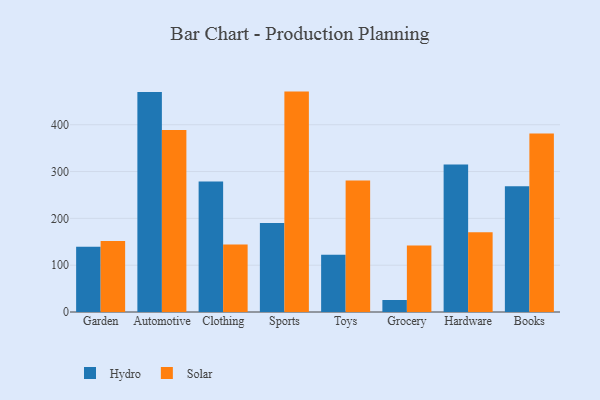
{"axis": {"x": "Category", "y": "Operating Costs (USD K)"}, "legend": ["Hydro", "Solar"], "data": [{"x": "Garden", "y": 139.3, "type": "Hydro"}, {"x": "Garden", "y": 151.7, "type": "Solar"}, {"x": "Automotive", "y": 469.7, "type": "Hydro"}, {"x": "Automotive", "y": 388.9, "type": "Solar"}, {"x": "Clothing", "y": 278.8, "type": "Hydro"}, {"x": "Clothing", "y": 144.0, "type": "Solar"}, {"x": "Sports", "y": 190.2, "type": "Hydro"}, {"x": "Sports", "y": 470.8, "type": "Solar"}, {"x": "Toys", "y": 122.3, "type": "Hydro"}, {"x": "Toys", "y": 281.1, "type": "Solar"}, {"x": "Grocery", "y": 25.6, "type": "Hydro"}, {"x": "Grocery", "y": 142.2, "type": "Solar"}, {"x": "Hardware", "y": 315.0, "type": "Hydro"}, {"x": "Hardware", "y": 170.4, "type": "Solar"}, {"x": "Books", "y": 268.4, "type": "Hydro"}, {"x": "Books", "y": 381.3, "type": "Solar"}]}